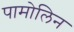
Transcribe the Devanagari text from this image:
पामोलिन